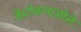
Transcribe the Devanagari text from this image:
केटोकनाज़ोले